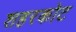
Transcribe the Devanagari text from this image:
शहरकोट